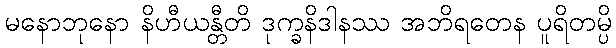
မနောဘုနော နိဟီယန္တီတိ ဒုက္ခနိဒါနဿ အဘိရတေန ပူရိတမ္ပိ